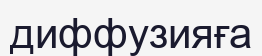
диффузияға